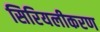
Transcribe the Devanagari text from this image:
सिरियलीकरण